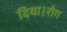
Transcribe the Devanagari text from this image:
दिया।रोग